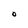
Character: O